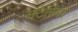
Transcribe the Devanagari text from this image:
सटेरिया